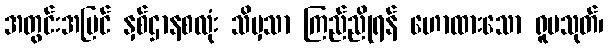
အတွင်းအပြင် နှစ်ဌာနစလုံး သိမှသာ ကြည်ညိုရန် ဟောထားသော ရူပသုတ်၊